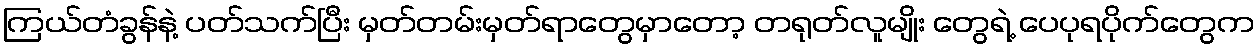
ကြယ်တံခွန်နဲ့ ပတ်သက်ပြီး မှတ်တမ်းမှတ်ရာတွေမှာတော့ တရုတ်လူမျိုး တွေရဲ့ ပေပုရပိုက်တွေက